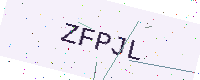
Text: ZFPJL